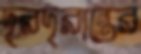
দূরদূরান্তের